Calcutta medical institutions reports 1879-81 [i.e.91]
Year: 1879
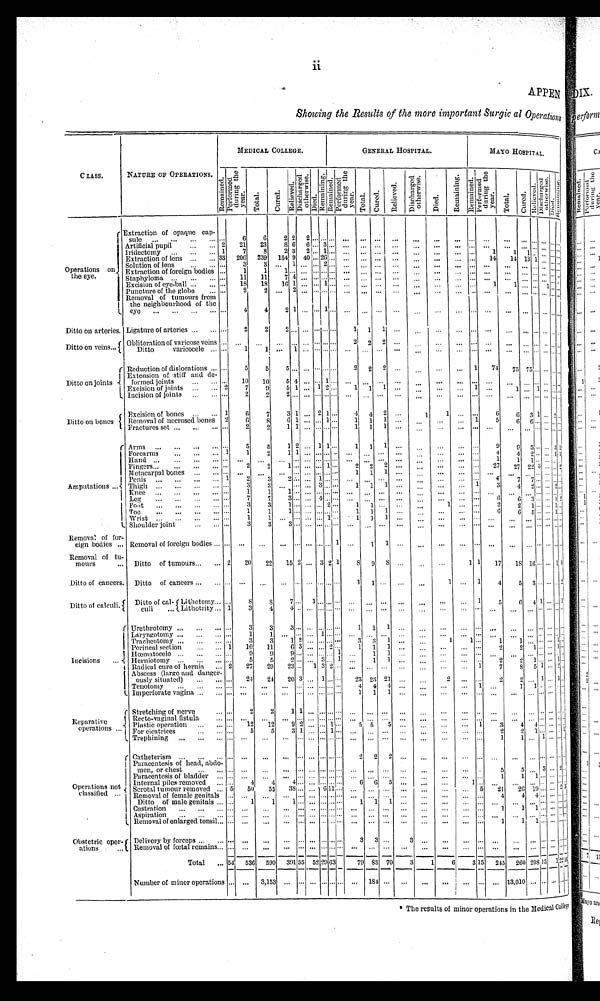
•
ii
Showing the Results of the more important Surgic al Operations
CLASS.
NATURE OF OPERATIONS.
MEDICAL COLLEGE.
GENERAL HOSPITAL.
MAYO HOSPITAL.
Remai ned.
P e r f o r m e d f u r i n g t h e y e a r .
T o t a l .
C u r e d .
Re l i e v e d .
D i s c h a r g e d o t h e r w i s e .
Died.
Re ma i ni ng.
Remai ned.
P e r f o r m e d d u r i n g t h e y e a r .
To t a l .
C u r e d .
Re l i e v e d .
D i s c h a r g e d o t h e r w i s e .
Died.
R e ma i n i n g .
Remai ned.
P e r f o r m e d d u r i n g t h e y e a r .
Total.
C u r e d .
R e l i e v e d . D i s c h a r g e d o t h e r w i s e .
Di ed.
Re ma i n i n g .
Operations on
the eye.
Extraction of opaque cap-
sule
. . .
6
6
2
2
2 . . .
... ...
. . .
. . .
. . .
...
...
. . .
. . .
...
. . .
. . .
. . .
. . . . . . . . .
...
Artificial pupil
2
21
23
8 6
6 ... 3 ... ...
. . .
. . . ...
. . . ...
... ...
. . .
. . .
. . . . . . . . . . . . . . .
Iridectomy
1
7
8
2 3
2 . . . 1 ...
. . .
. . .
. . . ...
. . .
...
...
... 1
1
1
. . . . . . . . .
...
Extraction of lens
33
206
239
164 9 40 ... 26...
. . .
. . .
. . . ...
. . .
. . .
...
...
1 4
1 4 1 3 1
. . .
... ...
Solution of lens ...
3
3
. . . 1
. . . . . .
2 ...
. . .
. . .
. . .
...
. . .
...
...
...
...
. . . . . .
. . . . . .
...
Extraction of foreign bodies ...
1
1
1 . . . . . . . . . ...
...
. . .
. . .
. . .
...
. . .
...
... ... ...
...
. . .
. . . . . .
...
Staphyloma
...
11
11
7 4
. . . . . .
... ...
. . . ...
. . .
...
...
. . .
. . .
...
. . . ...
. . .
... ... . . .
...
Excision of eye-ball
...
18
18
16 1
. . . ... 1 ...
. . .
. . .
. . . ...
. . .
. . .
. . .
...
1
1 . . . . . . 1 . . .
...
Puncture of the globe
...
2
2
. . . 2
. . . . . .
... ...
. . .
. . .
. . . ...
. . .
. . .
. . .
... ...
. . . . . . . . . . . . . . .
...
Removal of tumours from
the neighbourhood of the
eye
. . .
4
4
2 1
. . . . . .
1 ...
. . .
. . .
. . .
...
. . .
...
. . .
... ...
...
...
. . .
...
... ...
Ditto on arteries. Ligature of arteries
...
2
2
2 . . .
. . . . . .
...
...
1
1
1
...
. . .
...
. . .
...
...
...
. . .
. . . . . . ... .!
Ditto on veins
Obliteration of varicose veins ...
. . . ...
. . . . . . ... ... ... ...
2
2
2 ...
. . . ...
...
... ...
. . .
. . . . . .
Ditto varicocele
...
1
1
. . .
1
. . . . . . ... ...
. . .
. . .
. . . ...
. . .
. . . . . . ... ...
...
... ...
"
...
Ditto on joints
Reduction of dislocations
...
5
5
5
. . .
. . . . . .
... ...
2
2
2 ...
. . .
. . .
. . .
1
74
7 5 75
. . . . . .
Extension of still and de-
formed joints
. . .
10
10
5
4
. . . . . .
1 ...
. . . . . .
. . .
...
. . .
. . .
. . . ...
. . .
. . . . . . . . . . . . . . .
...
Excision of joints
2
7
9
5 1
. . . 1 2 ...
1
1
1 ...
. . .
. . .
. . . 1
. . .
1 . . . 1 . . . . . .
...
Incision of joints
. . .
2
2
2 . . .
. . . . . .
... ...
. . .
. . . ... ...
...
. . .
...
... ...
...
. . . . . . ... . . .
...
Ditto on bones
Excision of bones
1
6
7
3 1 ... 2 1 ...
4
4
2 ...
1
1
. . .
...
6
6 3 1
. . .
2
...
Removal of necrosed bones 2
6
8
6 1
. . . . . .
1 ...
1
1
1 ...
. . . ...
. . . 1
5
6 6 . . . . . . . . .
...
Fractures set
...
2
2
1 1
. . . . . .
... ...
1
1
1
...
. . .
. . .
. . .
...
...
...
...
. . .
. . . . . .
...
Amputations
Arms
. . .
5
5
1 2 ... 1
1
...
1
1
1 ...
. . .
...
... ...
9
9 5
. . . . . .
3
1
Forearms
1
1
2
1 1
. . . . . .
... ...
. . .
. . .
. . .
...
. . .
. . . ... ...
4
4 2
... ... 1
1
Hand
. . .
. . .
. . .
. . . . . . . . . . . .
...
...
. . .
. . .
. . . ...
. . . ...
. . .
...
1
1 1 . . . ... . . .
Fi ngers
...
2
2
1
. . .
. . . . . .
1 ...
2 2 2
...
...
...
... ...
27
27 22 -3 ...
. . .
2
Metacarpal bones
... ...
...
. . . . . .
. . . ... ... ...
1
1
1 ...
. . .
. . .
. . . ...
. . .
. . . . . . . . . . . . . . .
...
Penis
1
2
3
2 . . .
. . . 1 ... ...
. . .
. . .
. . . ...
. . .
. . .
. . .
...
7
7
. . . . . . . . . . . .
...
Thigh
. . .
3
3
. . . . . .
. . . 3 ... ...
1
1
1 ...
. . .
...
. . . 1
3
4
2
... ... 2 ...
Knee
. . .
1
1
1 . . .
. . . . . .
... ...
. . .
. . . . . .
...
. . .
. . .
... ...
. . .
. . . . . . ... ... . . .
...
Leg
. . .
7
7
3 . . .
. . . 4 ... ...
. . . ...
. . .
...
...
...
... ...
6
6
3
. . .
. . . 1 2
Foot
. . .
:3
3
1 . . .
. . . . . .
2 ...
1 1 ...
...
...
1 ... ...
2
2 1
. . . . . . 1
...
Toe
...
1
1
1
. . .
. . . . . .
...
...
1
1
1 .. .
. . .
...
. . . ...
6
6 5
... ...
1
...
Wrist
. . .
1
1
. . . ...
. . . . . .
1 ...
1
1
1 ...
. . .
. . .
. . . ...
. . .
. . . . . .
. . . . . .
...
Shoulder joint
. . .
3
3
3
. . .
. . . . . .
... ...
. . . ...
. . .
...
...
...
... ...
...
...
...
...
. . .
... . . .
...
Removal of for-
eign bodies
Removal of foreign bodies
...
. . .
. . . . . . ... ... ... ... 1 ...
1
1 ...
. . .
. . .
. . .
...
. . .
. . . . . . . . . . . . . . .
...
Removal of tu-
mours
Ditto of tumours
2
20
22
15 2 ...
3 2 1
8 9
8
...
. . .
. . .
1 1
17
18 16 ... ... 1
1
Ditto of cancers. Ditto of cancers
... ...
. . . . . .
. . .
. . . . . . ... ...
1
1 ...
...
...
1
. . .
1
4
5 3 . . . ...
. . .
2
Ditto of calculi.
Ditto of cal- Lithotomy ...
8
8
7 . . .
1 . . .
... ...
. . .
. . . . . .
...
. . .
....
. . .
1
5
6 4 1 ...
. . . 1
culi Lithotrity
1
3
4
4 . . .
. . . . . .
... ...
. . .
...
. . .
. . .
. . .
. . .
...
... ...
...
... ... . . .
...
...
Incisions
Uretlirotoiny
...
3
3
3 . . .
. . . . . .
... ...
1
1 1
. . .
. . .
. . .
. . .
...
. . .
. . .
. . . . . . . . . . .
...
Laryngotomy
...
1
1
. . . . . .
. . . 1 ... ...
. . .
. . . . . .
. . .
. . .
. . .
. . . ... ...
...
... . . . ... . . .
...
Tracheotomy
...
3
3
1 2
. . . . . .
... ...
3
3
1 ...
' . . .
1
1 ...
1
1 ...
. . . . . . 1 ...
Perineal section. 1
10
11
6 3
. . . . . .
2 ...
1
1
1
. . .
. . .
. . .
. . .
...
2
2 1 . . . . . . 1 . . .
Hœmatocele
...
9 9
9 . . .
. . . . . .
... 1
. . . 1
1
. . .
. . .
. . . ... ...
. . .
. . . . . . . . . . . . . . .
...
Herniotomy
. . .
5
5
2 . . .
. . . 3 ... 1
. . . 1
1 ...
. . .
. . .
...
...
2
2
1 . . . ... 1 ...
Radical cure of hernia
2
27
29
23 ...
1 3 2 ...
...
...
. . . . . .
. . .
. . . ... 1
7
8 5 1 ... 2 ...
Abscess (large and danger-
ously situated
...
24
24
20 3
. . .
1
. . .
...
23 23 21
. . .
. . .
2
. . .
...
2
2 . . . 1
1 ...
Tenotomy
...
. . .
. . .
. . .
...
...
...
... ...
4
4
4
. . .
. . .
. . .
. . .
1
. . .
1
1 . . . ... . . .
...
Imperforate vagina
...
. . .
...
...
. . . ... ... ... ...
1
1
1 ...
...
. . .
. . . ...
. . .
. . .
. . . . . . . . . . . .
...
Reparative
operations
Stretching of nerve
...
2
2
1
1
. . . . . .
... ...
. . .
. . . . . .
. . .
. . .
. . .
. . .
...
. . .
. . .
. . .
. . . . . .
. . .
...
Recto-vaginal fistula
. . .
. . .
. . .
. . .
. . .
. . . . . .
... ...
. . .
. . .
. . .
. . .
. . .
. . .
... ...
...
. . .
. . . . . . ... . . . ...
Plastic operation
...
12
12
9 2 ... . . .
1 ...
5 5
5
. . .
. . .
. . .
. . . 1
3
4
4 . . . ...
. . .
...
For cicatrices
. . .
5
5
3 1
. . . . . .
1 ...
. . .
. . . . . .
. . . .
. . . ...
. . .
...
2
2
1 . . . . . . . . .
1
Trephining
. . .
. . .
. . .
. . .
. . .
. . . . . .
... ...
. . .
. . . ...
. . . ...
...
... ...
1
1 . . . 1 . . . . . .
...
Operations
not classified
Catheterism
... ...
. . .
. . .
. . . . . .
... ...
2
2
2 ...
...
. . .
...
. . .
. . . . . .
... ...
. . .
...
Paracentesis of head, abdo-
men, or chest
. . .
...
. . .
. . .
. . .
. . .
... ...
. . .
. . .
. . .
. . .
. . .
. . .
. . .
...
5
5
...
3 . . . 2 ...
Paracentesis of bladder
. . . ...
. . .
. . .
. . . ... . . .
... ...
. . . ...
. . .
. . . ...
...
. . .
...
1
1 1 . . . . . . . . .
...
Internal piles removed
. . .
4
4
4 ... ... . . .
...
...
6
6 5
. . . ...
...
1 ...
. . .
. . . . . . . . . . . . . . . .
...
Scrotal tumour removed
5
50
55
38 ... ... 6 11 ... ...
. . .
. . .
. . .
. . .
. . .
5
2 1
2 6 1 9 . . . . . . 2 5
Removal of female genitals ... ...
. . .
. . .
...
. . . . . . . . . ...
. . .
...
. . .
. . .
...
. . .
...
...
4
4 4 . . . . . . . . .
...
Ditto of male genitals
...
1
1
1. ...
. . . . . .
... ...
1
1
1
. . .
-
-
-
...
. . .
. . . . . . . . .
-
. . .
...
Castration
... ...
...
... ... ... . . .
... ... ...
... ...
. . .
. . .
. . .
. . .
...
1
1 1 . . . . . . . . .
...
Aspiration
. . .
. . .
. . .
. . .
. . .
. . . . . .
... ...
. . . ... ...
...
...
...
... ...
. . .
. . . . . . . . . . . . . . .
...
Removal of enlarged tonsil ... ......
. . .
. . .
...
...
. . .
...
...
. . .
.
. . .
. . .
. . .
. . .
. . .
...
1
1 1 . . . . . . . . .
...
Obstetric ope
r ations
Delivery by forceps
...
. . .
. . .
. . .
. . .
. . . . . .
... ...
3
3 ...
3
. . .
. . .
. . .
...
. . .
. . . . . .
. . . . . .
. . .
...
Removal of fœtal remains
. . . ...
. . .
...
. . .
. . . . . .
... ...
. . .
. . .
. . . ...
...
. . .
...
...
...
...
. . . . . . ... . . .
...
Total
5 4
5 3 6
5 9 0 391 55
5 2 2 9 63
79 83 70
3
1
6
3 1 5
245
260 208 13 1 2 2
16
Number of minor operations . . . ...
3,153
. . . . . .
. . . . . .
... ...
. . . 184 ... ...
. . .
. . .
...
...
. . .
1 3 , 0 1 0 . . . . . . . . . . . . ...
* The results of minor operations in the Medical College